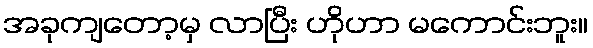
အခုကျတော့မှ လာပြီး ဟိုဟာ မကောင်းဘူး။